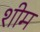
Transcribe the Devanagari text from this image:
शीम